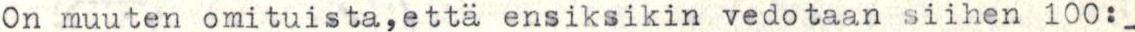
On muuten omituista, että ensiksikin vedotaan siihen 100:-